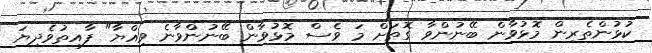
ކުޅުންތެރިން މޮޅުވާން ބޭނުންވާ ގޮތަށް މަ ވެސް މޮޅުވާން ބޭނުންވާނެ ވިއްޔާ" ފާއިތުވެދިޔަ